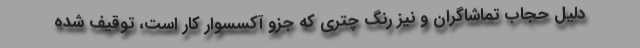
دلیل حجاب تماشاگران و نیز رنگ چتری که جزو آکسسوار کار است، توقیف شده